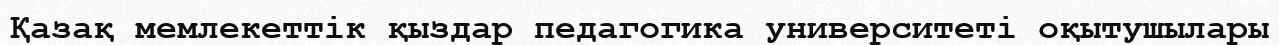
Қазақ мемлекеттік қыздар педагогика университеті оқытушылары